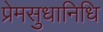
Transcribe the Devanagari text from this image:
प्रेमसुधानिधि